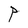
Character: P